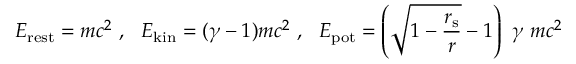
E _ { \mathrm { { r e s t } } } = m c ^ { 2 } \ , \ \ E _ { \mathrm { { k i n } } } = ( \gamma - 1 ) m c ^ { 2 } \ , \ \ E _ { \mathrm { { p o t } } } = \left( { \sqrt { 1 - { \frac { r _ { \mathrm { { s } } } } { r } } } } - 1 \right) \ \gamma \ m c ^ { 2 }